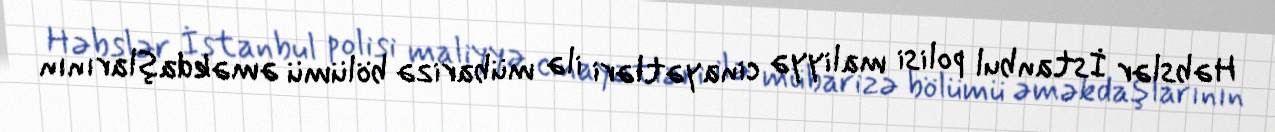
Həbslər İstanbul polisi maliyyə cinayətləri ilə mübarizə bölümü əməkdaşlarının